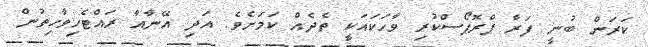
ކަރަން ބުނީ ފަރާ ޕްރޮޕޯސްކުރި ވާހަކައަކީ ތެދެއް ކަމަށެވެ. އަދި އޭނާއާ ރައްޓެހިވާހިތުން